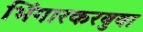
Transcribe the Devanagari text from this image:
भिंगारकरबुवा